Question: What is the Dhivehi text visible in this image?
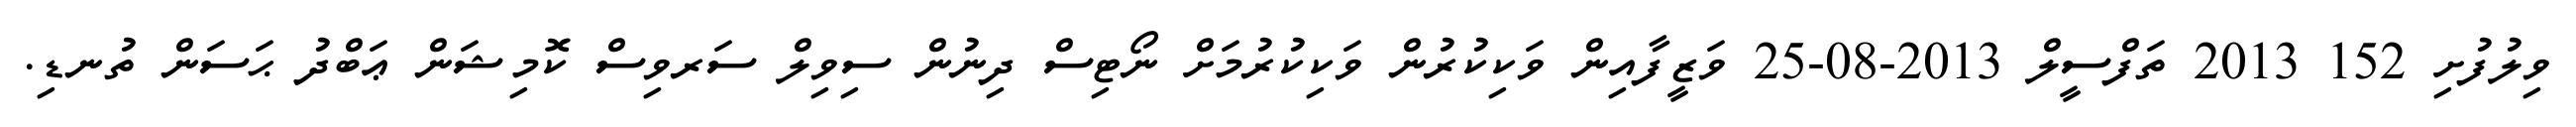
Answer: ވިލުފުށި 152 2013 ތަފްސީލް 2013-08-25 ވަޒީފާއިން ވަކިކުރުން ވަކިކުރުމަށް ނޯޓިސް ދިނުން ސިވިލް ސަރވިސް ކޮމިޝަން ޢަބްދު ޙަސަން ތުނޑި.